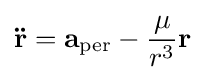
\mathbf {\ddot {r}} =\mathbf {a} _{\text{per}}-{\mu  \over r^{3}}\mathbf {r}